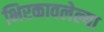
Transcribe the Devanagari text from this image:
भिरकावलेल्या